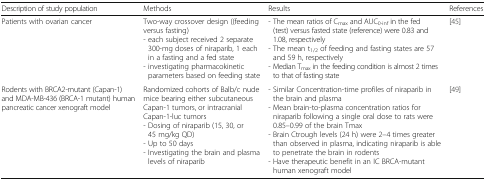
<table><thead><tr><td><b>Description of study population</b></td><td><b>Methods</b></td><td><b>Results</b></td><td><b>References</b></td></tr></thead><tbody><tr><td>Patients with ovarian cancer</td><td>Two-way crossover design ((feeding versus fasting)- each subject received 2 separate 300-mg doses of niraparib, 1 each in a fasting and a fed state- investigating pharmacokinetic parameters based on feeding state</td><td>- The mean ratios of C<sub>max</sub> and AUC<sub>0-inf</sub> in the fed (test) versus fasted state (reference) were 0.83 and 1.08, respectively- The mean t<sub>1/2</sub> of feeding and fasting states are 57 and 59 h, respectively- Median T<sub>max</sub> in the feeding condition is almost 2 times to that of fasting state</td><td>[45]</td></tr><tr><td>Rodents with BRCA2-mutant (Capan-1) and MDA-MB-436 (BRCA-1 mutant) human pancreatic cancer xenograft model</td><td>Randomized cohorts of Balb/c nude mice bearing either subcutaneous Capan-1 tumors, or intracranial Capan-1-luc tumors- Dosing of niraparib (15, 30, or 45 mg/kg QD)- Up to 50 days- Investigating the brain and plasma levels of niraparib</td><td>- Similar Concentration-time profiles of niraparib in the brain and plasma- Mean brain-to-plasma concentration ratios for niraparib following a single oral dose to rats were 0.85–0.99 of the brain Tmax- Brain Ctrough levels (24 h) were 2–4 times greater than observed in plasma, indicating niraparib is able to penetrate the brain in rodents- Have therapeutic benefit in an IC BRCA-mutant human xenograft model</td><td>[49]</td></tr></tbody></table>